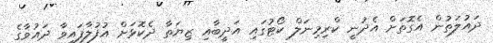
ދައުލަތުން އެގޮތަށް އެދުނީ ކްރިމިނަލް ކޯޓުގައި އަދީބާއި ޒިޔަތާ ދެކޮޅަށް އުފުލާފައިވާ ދައުވާގެ